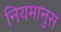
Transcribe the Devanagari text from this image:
नियमानुस